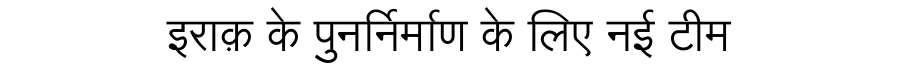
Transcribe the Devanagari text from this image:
इराक़ के पुनर्निर्माण के लिए नई टीम